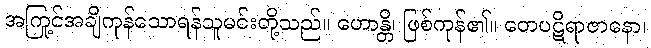
အကြင်အချို့ကုန်သောရန်သူမင်းတို့သည်။ ဟောန္တိ၊ ဖြစ်ကုန်၏။ တေပဋိရာဇာနော၊